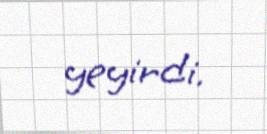
yeyirdi.